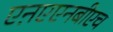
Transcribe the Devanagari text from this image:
एऩएएनबीएच